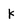
Character: K